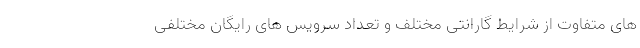
های متفاوت از شرایط گارانتی مختلف و تعداد سرویس های رایگان مختلفی